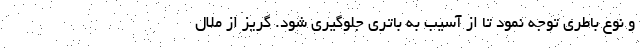
و نوع باطری توجه نمود تا از آسیب به باتری جلوگیری شود. گریز از ملال